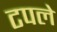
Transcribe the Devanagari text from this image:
टपले